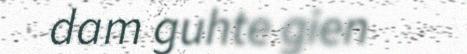
dam guhte gien